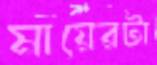
মায়েরটা